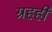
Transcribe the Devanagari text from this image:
ग्रहही